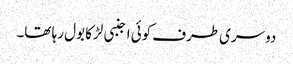
دوسری طرف کوئی اجنبی لڑکا بول رہا تھا۔